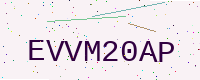
Text: EVVM20AP